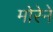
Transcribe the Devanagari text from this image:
मोरेने